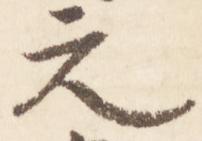
元